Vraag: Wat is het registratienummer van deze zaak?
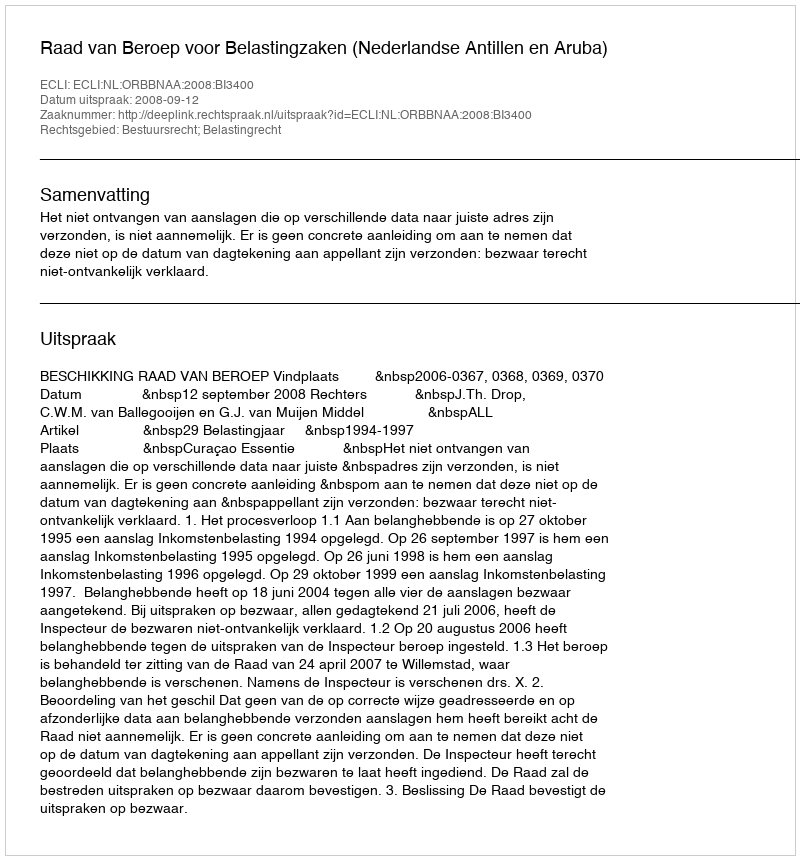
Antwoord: http://deeplink.rechtspraak.nl/uitspraak?id=ECLI:NL:ORBBNAA:2008:BI3400